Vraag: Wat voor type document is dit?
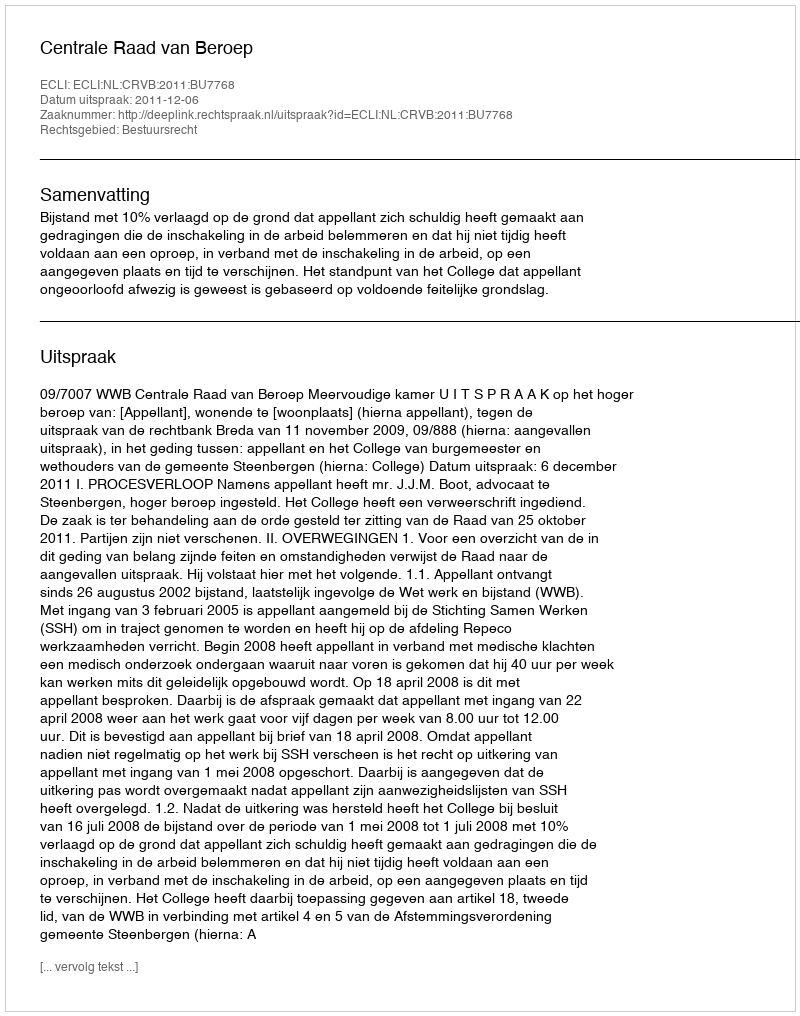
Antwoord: Uitspraak